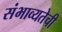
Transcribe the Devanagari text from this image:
संभाव्यतेची